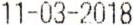
11-03-2018